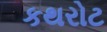
કથરોટ